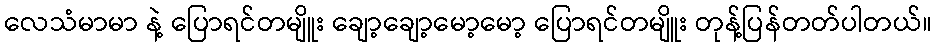
လေသံမာမာ နဲ့ ပြောရင်တမျိူး ချော့ချော့မော့မော့ ပြောရင်တမျိူး တုန့်ပြန်တတ်ပါတယ်။